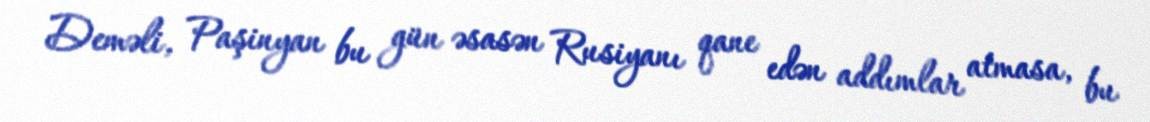
Deməli, Paşinyan bu gün əsasən Rusiyanı qane edən addımlar atmasa, bu